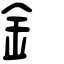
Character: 釒